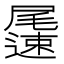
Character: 𨘘